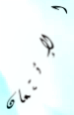
الإئتمان